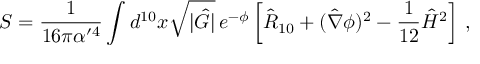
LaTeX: S = { \frac { 1 } { 1 6 \pi \alpha ^ { \prime 4 } } } \int d ^ { 1 0 } x \sqrt { | \hat { G } | } \, e ^ { - \phi } \left[ \hat { R } _ { 1 0 } + ( \hat { \nabla } \phi ) ^ { 2 } - { \frac { 1 } { 1 2 } } \hat { H } ^ { 2 } \right] \, ,